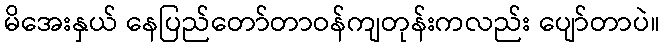
မိအေးနှယ် နေပြည်တော်တာဝန်ကျတုန်းကလည်း ပျော်တာပဲ။